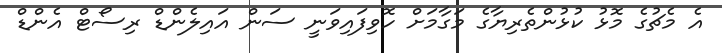
އެ މެޗުގެ މޮޅު ކުޅުންތެރިޔާގެ މަގާމަށް ހޮވިފައިވަނީ ސަން އައިލެންޑް ރިސޯޓް އެންޑް